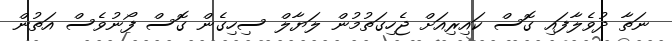
ނަތާ ދުވެލާފައި ގޮސް ކައިރިއަށް ޖެހިގަތުމުން ލަޔާލް ސިހިގެން ގޮސް ފޯނުވެސް އަތުން